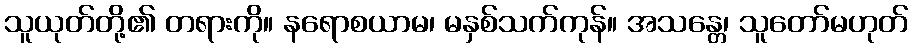
သူယုတ်တို့၏ တရားကို။ နရောစယာမ၊ မနှစ်သက်ကုန်။ အသန္တေ၊ သူတော်မဟုတ်